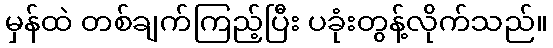
မှန်ထဲ တစ်ချက်ကြည့်ပြီး ပခုံးတွန့်လိုက်သည်။